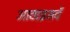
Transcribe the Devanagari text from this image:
आठाइसवें